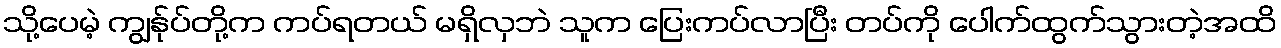
သို့ပေမဲ့ ကျွန်ုပ်တို့က ကပ်ရတယ် မရှိလှဘဲ သူက ပြေးကပ်လာပြီး တပ်ကို ပေါက်ထွက်သွားတဲ့အထိ